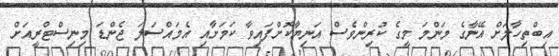
އިބްތިހާލަށް އޭނާގެ މަންމަ މީގެ ކުރިންވެސް އަނިޔާކޮށްފައިވާ ކަމަށާއި އެމައްސަލަ ޖެންޑަ މިނިސްޓްރީއަށް